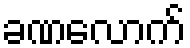
ခဏလောက်